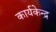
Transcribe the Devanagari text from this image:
कार्यकेन्द्र